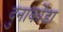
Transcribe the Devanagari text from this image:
दुनाकोंडा